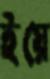
ইয়ে